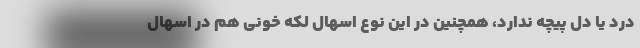
درد یا دل پیچه ندارد، همچنین در این نوع اسهال لکه خونی هم در اسهال